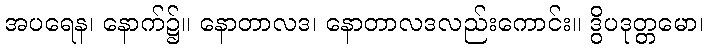
အပရေန၊ နောက်၌။ နောတာလဒ၊ နောတာလဒလည်းကောင်း။ ဒွိပဒုတ္တမော၊